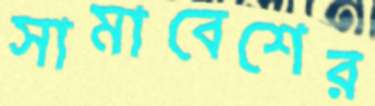
সামাবেশের